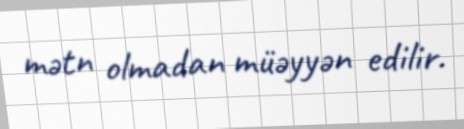
mətn olmadan müəyyən edilir.